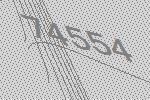
74554